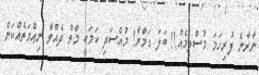
ނާރާނެ ފުރިހަމަ މުސްލިމެއް!! ބަލަ ގަމާރާ! މުއްސަދި ކަމަކީ މާތް ދެއްވާ ނިޢްމަތެއްކަން